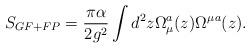
LaTeX: \begin{align*}S_{GF+FP} = {\pi \alpha \over 2g^2} \int d^2z \Omega_\mu^a(z) \Omega^\mu{}^a(z) .\end{align*}